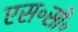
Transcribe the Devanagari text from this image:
एस॰सी॰